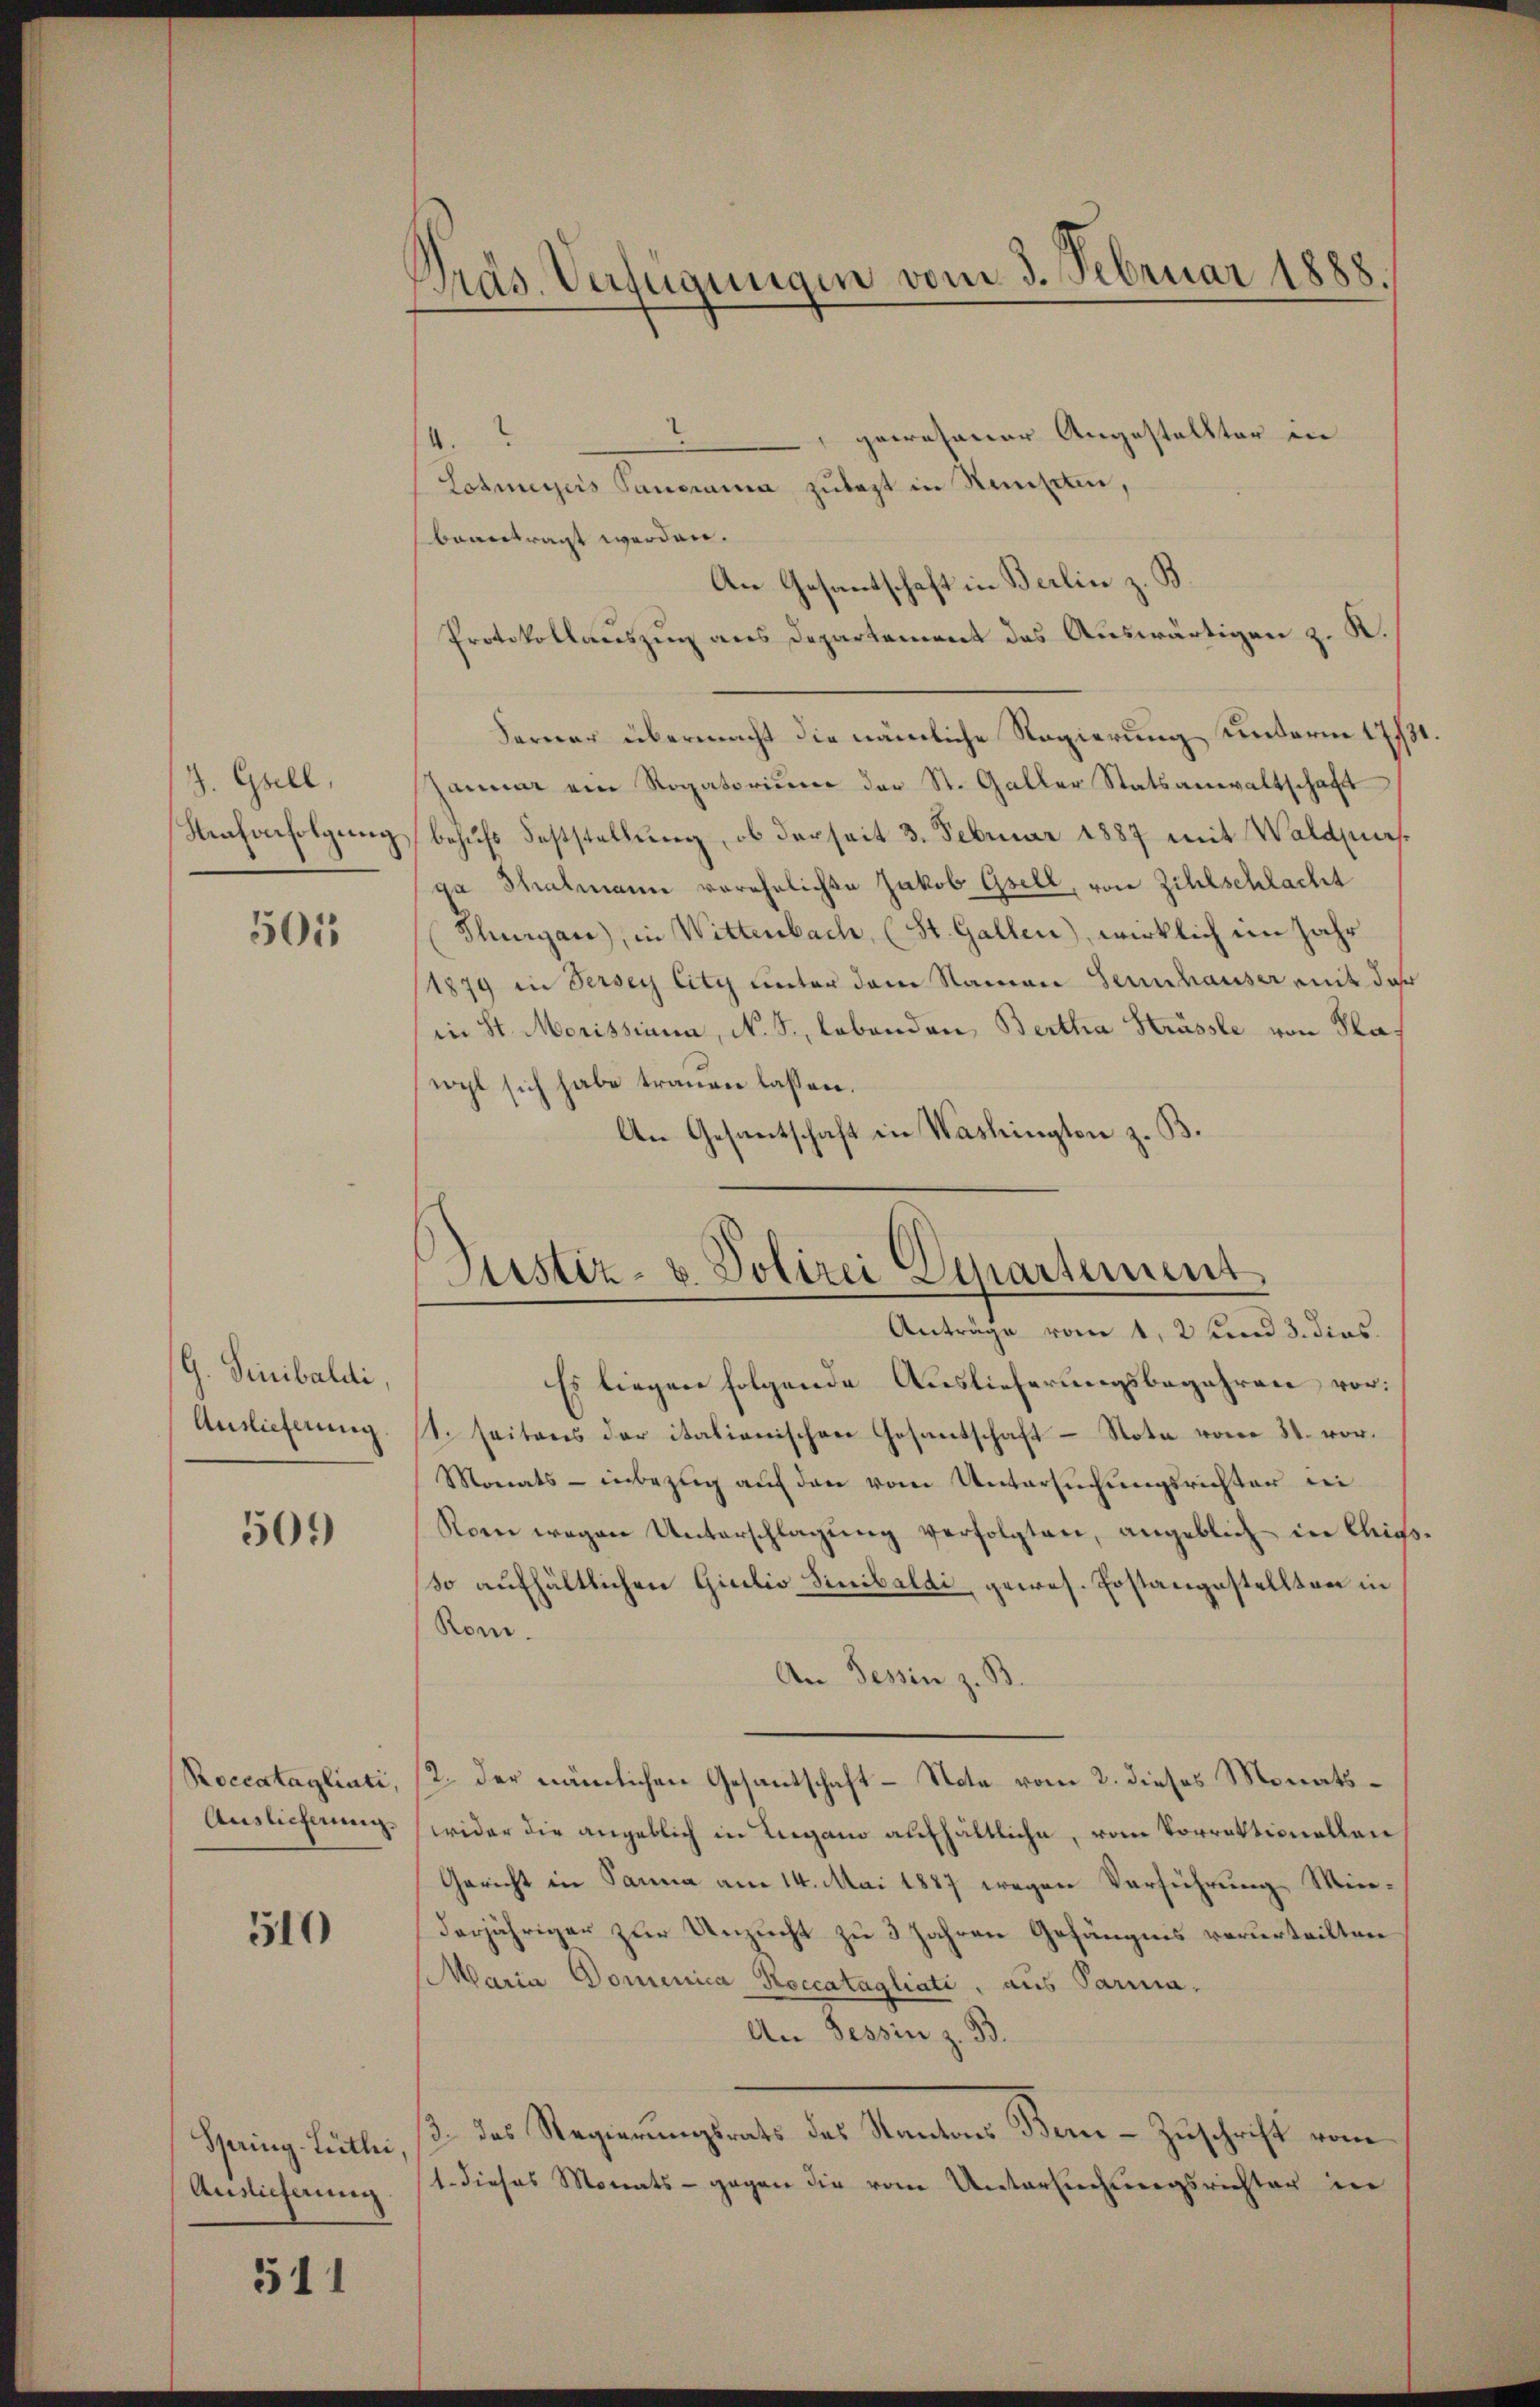
J. Grell,
Kaufverfolgung

501

G. Sinnibaldi
Auslieferung.

509

Roccatagliati,
Auslieferung

510

Spring-Luthei
Auslieferung

511

Präs. Verfügungen vom 3. Februar 1888.

“
pewesener Angestellter in
4.
Lohmeyers Panorama zulast in Samsten,
bevertragt werden.
An Gesantschaft in Berlin z. B.
Protokollauszug aus Departement des Auswärtigen z. K.
Ferner übermacht die nämliche Regierung unterm 17/31.
Januar ein Rogatorium der St. Galler Statsanwaltschaft
behufs Feststellung, ob derseit 3. Februar 1887 mit Waldmars
ga Thalmann vereheliche Jakob Gsell, von Zihlschlacht
Thurgau), in Wittenbach, (St. Gallen), wirklich ein Jahr
1879 in dersey City unter dem Namen Sennhauser mit des
in St. Morissiana, N. S., lebenden Bertha Strasse von Plawogl sich habe trauen lassen.
An Gesantschaft in Washington z. B.

Es liegen folgende Auslieferungsbegehren vor:
1. Seitens der itationischen Gesantschaft Nota vom 31. vor.
Monats - inbezug auf den vom Untersuchungsrichter wei
Rom wegen Unterschlagŭng verfolgten, angeblich in Chigs-
so aufhältlichen Gicilio Sinibaldi, gewes. Postangestellten in
Rom.
An Tessin z. B.
2. der nämlichen Gesantschaft - Note vom 2. dieses Monatswider die angeblich in Lugano aufhältliche, vom Vorrektionallen
Gericht in Panna am 14. Mai 1887 wegen Verführung Minderjähriger zur Unzucht zu 3 Jahren Gefängnis verurteilten
Maria Dominica Noccatagliati, aus Parma,
An Tessin z. B.
13. das Regierungsrats das Kantons Bene-Zuschrift vom
1. dieses Monats - gegen die vom Untersuchungsrichter in

Justiz- u. Polizei Departement
Anträge vom 1. 2 und 3. dies